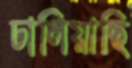
ঢালিয়াছি